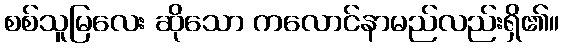
စစ်သူမြလေး ဆိုသော ကလောင်နာမည်လည်းရှိ၏။